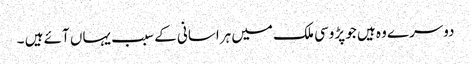
دوسرے وہ ہیں جو پڑوسی ملک میں ہراسانی کے سبب یہاں آئے ہیں ۔